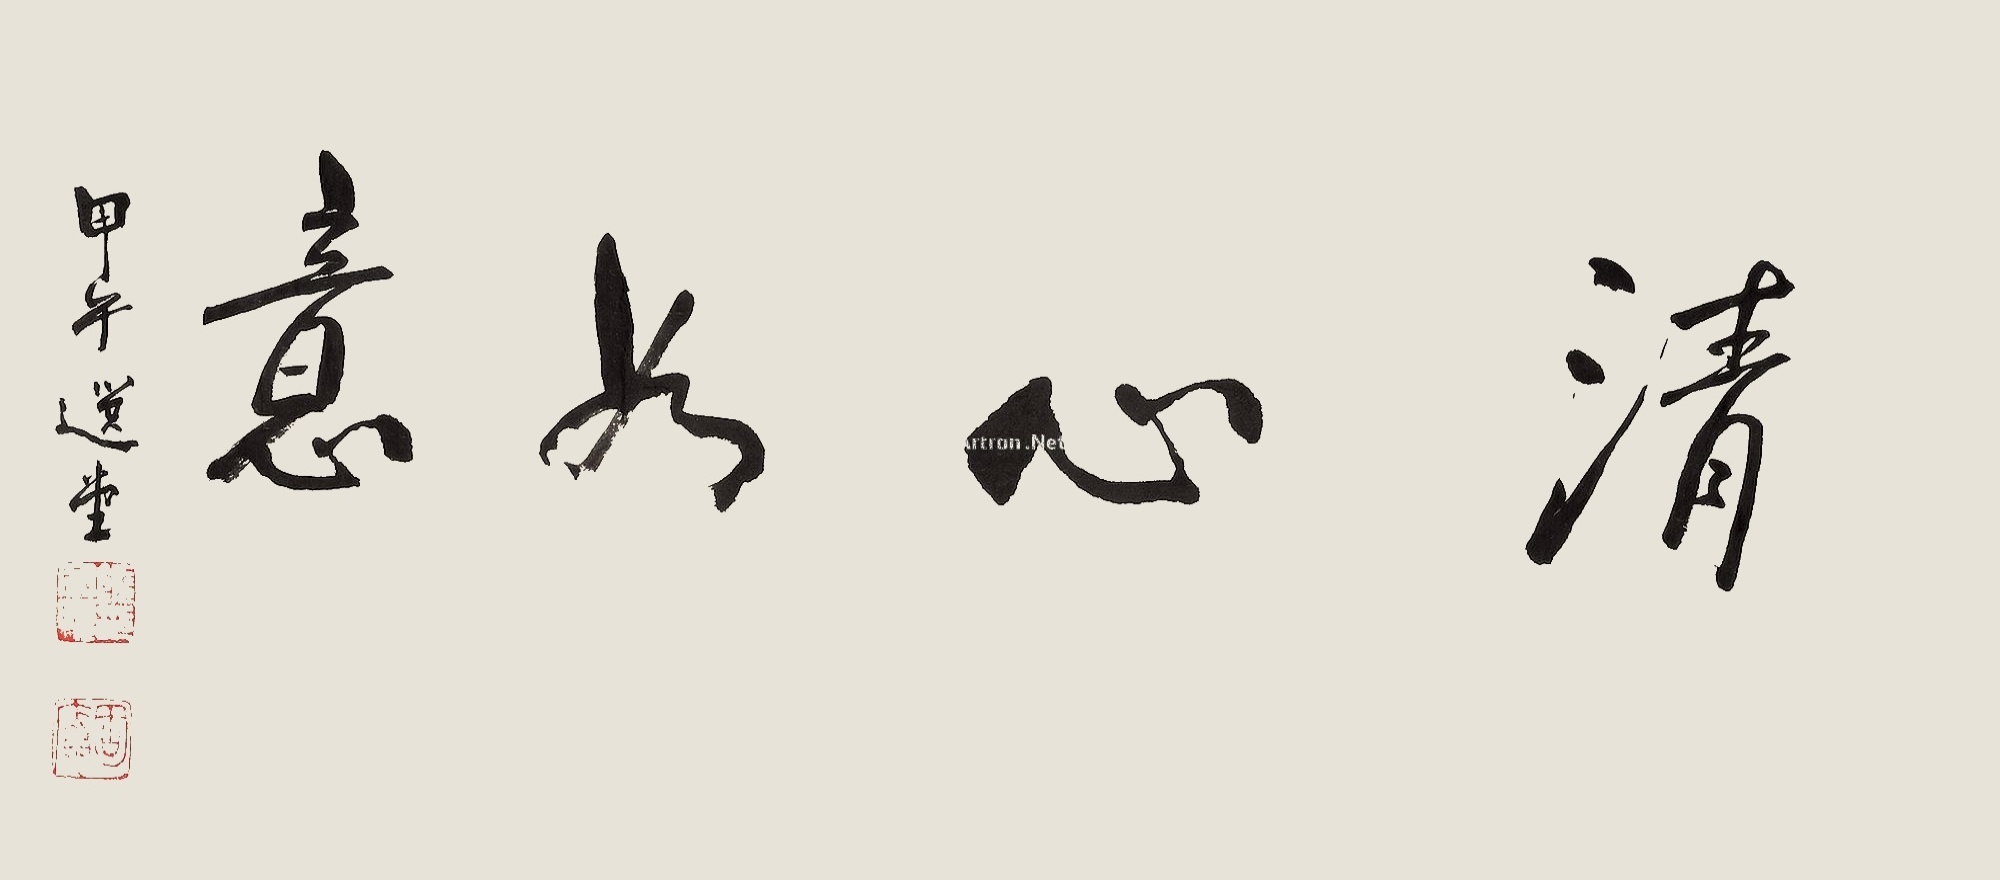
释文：清心如意甲午，选堂。